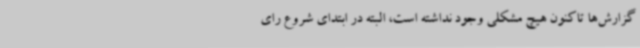
گزارش‌ها تاکنون هیچ مشکلی وجود نداشته است، البته در ابتدای شروع رای